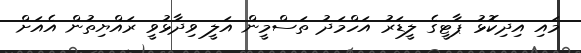
މައި އިދިކޮޅު ޕާޓީގެ ލީޑަރު އަހްމަދު ތަސްމީން އަލީ ވިދާޅުވީ ރައްޔިތުން އެއަށް